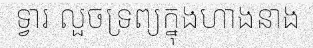
ទ្វារ លួចទ្រព្យក្នុងហាងនាង